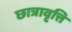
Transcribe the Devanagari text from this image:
छात्रावृत्ति